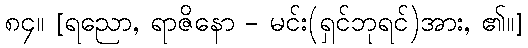
၈၄။ [ရညော, ရာဇိနော - မင်း(ရှင်ဘုရင်)အား, ၏။]